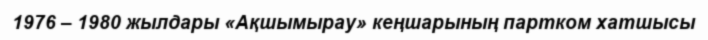
1976 – 1980 жылдары «Ақшымырау» кеңшарының партком хатшысы